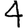
Digit: 4